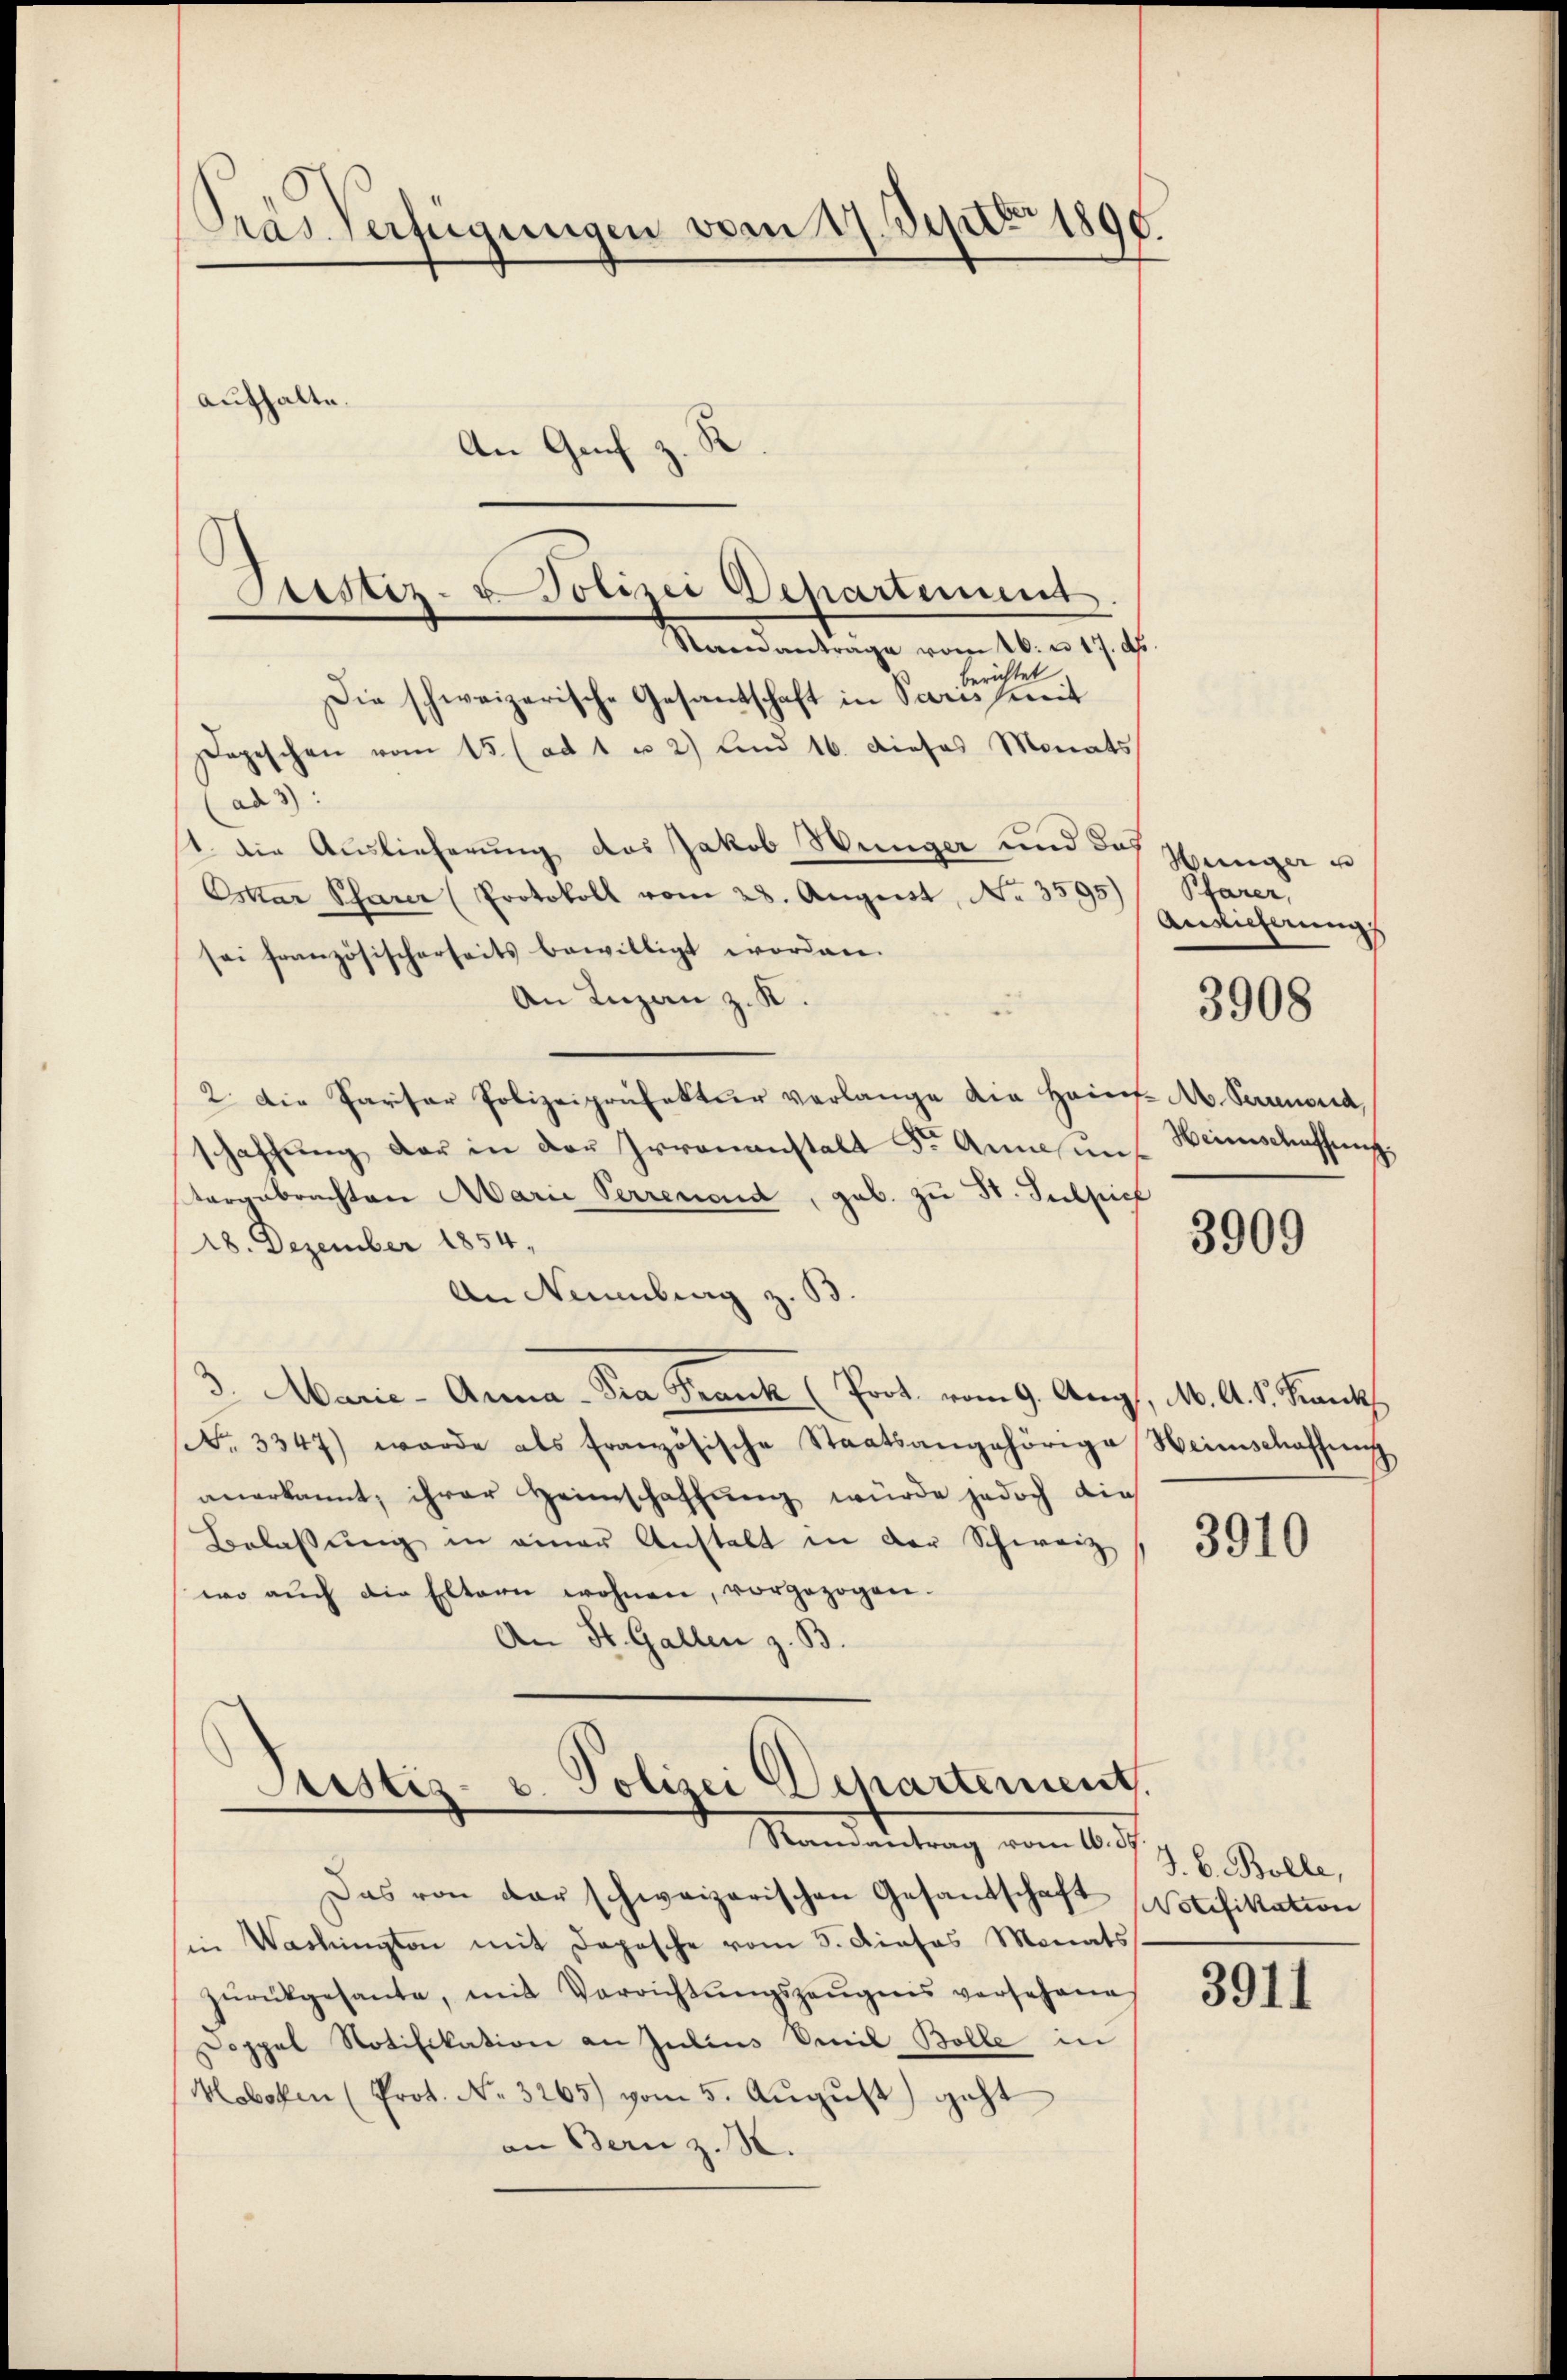
Pras Verfügungen vom 17. Septbr 1890.
aufhalte.
An Genf z.

et
erich
Die schweizerische Gesantschaft in Paris mit
Depeschen vom 15. (ad 1 u 2) und 16. dieses Monats
ad 3):
t. Die Auslieferung das Jakob Wünger und das
Eskar Scharer (Protokoll vom 28. August, No. 3595)
sei französischerseits bewilligt worden.
An Luzan z. K.
2. Die Parsar Polizeipräfektur verlange dia Hainf. A. Veranord,
schaffŭng der in der Irrenanstalt Dr. Annas uns Heimschaffung,
teranbrachten Marie Verrenend, gab. zu St. Sulsich
18. Dezember 1854.
.
An Neuenburg z.
Marie-Arma-Pra Frank (Prot. vom 9. Aug., M. A. S. Krank
No. 3347) werde als französische Staatsangehörige Heimschaffung
anerkannt, ihrer Heimschaffung würde jedoch die
Belassŭng in einer Anstalt in der Schwarz
wo aŭch die Eltern wohnen, vorgezogen.
An St. Gallen z. B.

Asstiz- & Polizei Departement
Mandantrage vom 16. v. 17. d.

Justiz- u. Polizei Departement.
Mandartung vom 10.

Das von der schweizerischen Gesandtschaft
sin Washingten mit Depesche vom 5. Dieses Monats
zŭrückgesante, mit Verrichtŭngszeŭgens vorsehene
Doppel Notifikation an Julius Seil Bolle in
Hoboten (Prot. No. 3265) vom 5. August) geht
an Bern z. B.

Hunger u
Pfarer,
Ansicherung

3908

3909

3910

J. b. Bolle,
Notifikation

3911